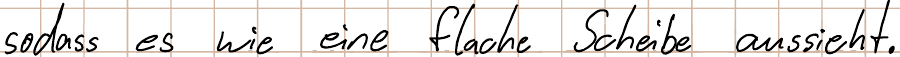
sodass es wie eine flache Scheibe aussieht.